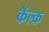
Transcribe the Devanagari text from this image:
कॅल्क